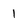
Character: 1